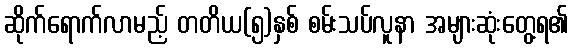
ဆိုက်ရောက်လာမည့် တတိယ(၅)နှစ် စမ်းသပ်လူနာ အများဆုံးတွေ့ရ၏